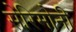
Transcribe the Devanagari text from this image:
सेरिमोनी